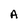
Character: A